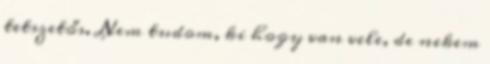
tetszetős. Nem tudom, ki hogy van vele, de nekem